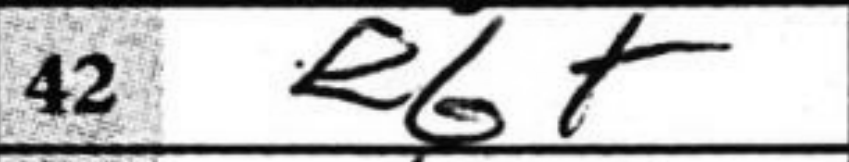
Transcription: e6+